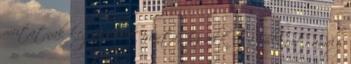
mutatnak kegyeletet iránta. Ez volt az a pillanat, amely